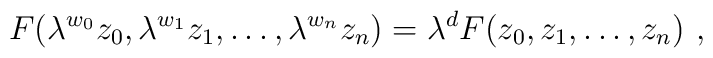
F(\lambda^{w_0} z_0, \lambda^{w_1} z_1 , \ldots , \lambda^{w_n} z_n) =\lambda^d F(z_0, z_1, \ldots, z_n) \ ,